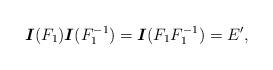
LaTeX: \begin{align*}\mbox{\boldmath$I$}(F_1)\mbox{\boldmath$I$}(F^{-1}_1)=\mbox{\boldmath$I$}(F_1 F^{-1}_1)=E',\end{align*}